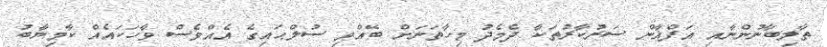
ތާލިބާނުންނާއި އަފްޣާން ސަރުކާރުތަކާ ދެމެދު މިހާތަނަށް ބޭއްވި ސުލްޙައިގެ އެއްވެސް ވާހަކައެއް ކާމިޔާބު